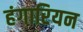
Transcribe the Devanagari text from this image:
हंगारियन